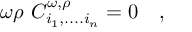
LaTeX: \omega \rho ~ C _ { i _ { 1 } , . . . . i _ { n } } ^ { \omega , \rho } = 0 ~ ~ ~ ,